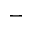
-